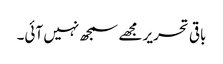
باقی تحریر مجھے سمجھ نہیں آئی۔